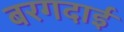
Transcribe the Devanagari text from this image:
बरगदाई